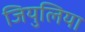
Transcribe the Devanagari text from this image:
जियुलिया